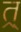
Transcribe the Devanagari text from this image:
त्र्